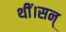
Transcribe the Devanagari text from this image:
थीं।सन्